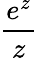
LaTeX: \frac{e^{z}}{z}